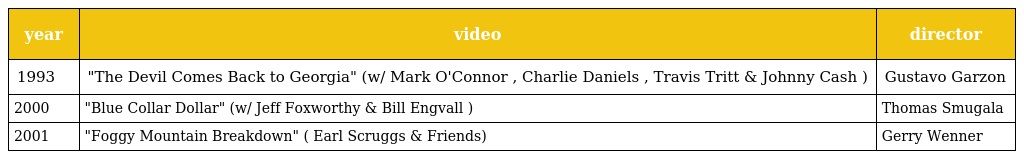
| year | video | director |
 | --- | --- | --- |
 | 1993 | "The Devil Comes Back to Georgia" (w/ Mark O'Connor , Charlie Daniels , Travis Tritt & Johnny Cash ) | Gustavo Garzon |
 | 2000 | "Blue Collar Dollar" (w/ Jeff Foxworthy & Bill Engvall ) | Thomas Smugala |
 | 2001 | "Foggy Mountain Breakdown" ( Earl Scruggs & Friends) | Gerry Wenner |